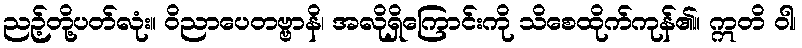
ညဉ့်တို့ပတ်လုံး။ ဝိညာပေတဗ္ဗာနိ၊ အလိုရှိကြောင်းကို သိစေထိုက်ကုန်၏။ ဣတိ ဝါ၊